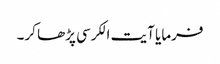
فرمایا آیت الکرسی پڑھا کر۔